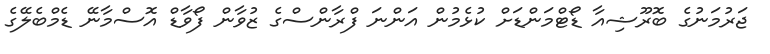
ޖަރުމަނުގެ ބޮރޫޝިއާ ޑޯޓްމަންޑަށް ކުޅެމުން އަންނަ ފްރާންސްގެ ޒުވާން ފޯވާޑް އޮސްމާނޭ ޑެމްބެލޭގެ